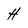
Character: H